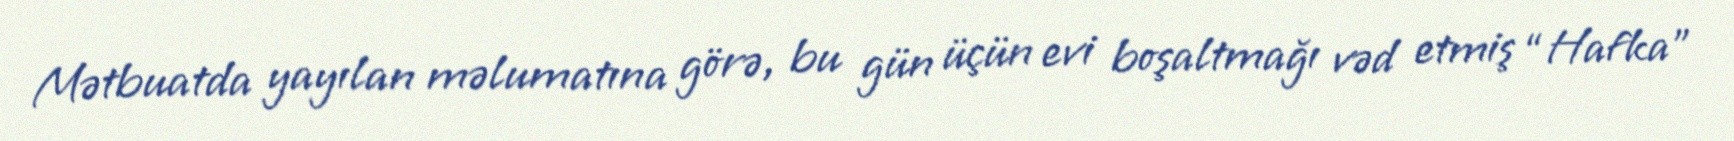
Mətbuatda yayılan məlumatına görə, bu gün üçün evi boşaltmağı vəd etmiş “Hafka”